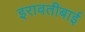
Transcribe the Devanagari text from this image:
इरावतीबाई